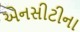
એનસીટીના